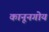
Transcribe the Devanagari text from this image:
कानूनगोय